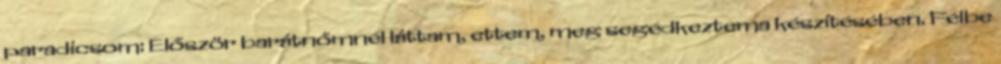
paradicsom: Először barátnőmnél láttam, ettem, meg segédkeztema készítésében. Félbe